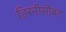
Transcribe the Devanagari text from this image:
डिस्नीसोबत